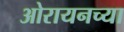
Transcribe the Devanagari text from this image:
ओरायनच्या